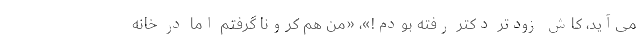
می‌آید، کاش زودتر دکتر رفته بودم!»، «من هم کرونا گرفتم اما در خانه